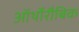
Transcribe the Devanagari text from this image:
ऑर्थोरौबिक